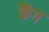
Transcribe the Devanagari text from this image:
कैंग